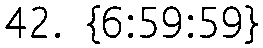
42. {6:59:59}